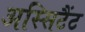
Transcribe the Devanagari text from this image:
अस्सिटैंट